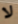
لا